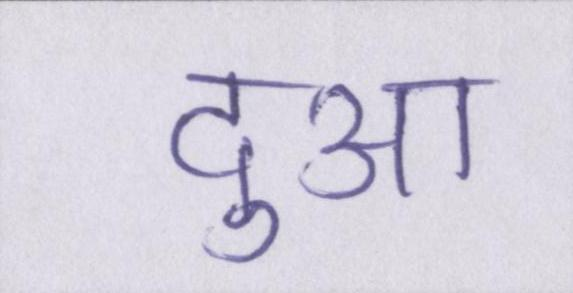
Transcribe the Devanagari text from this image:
दुआ